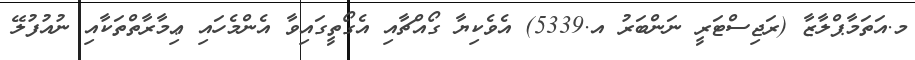
މ.އަތަމާޕްލާޒާ (ރަޖިސްޓަރީ ނަންބަރު އ.5339) އެވެކިޔާ ގޯއްޗާއި އެގޯތީގައިވާ އެންމެހައި ޢިމާރާތްތަކާއި ނުއުފުލޭ